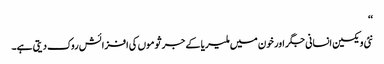
‘‘
نئی ویکسین انسانی جگر اور خون میں ملیریا کے جرثوموں کی افزائش روک دیتی ہے۔